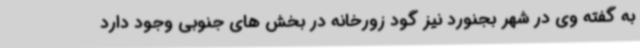
به گفته وی در شهر بجنورد نیز گود زورخانه در بخش های جنوبی وجود دارد